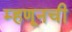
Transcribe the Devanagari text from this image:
म्हणूनची